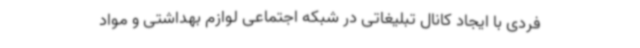
فردی با ایجاد کانال تبلیغاتی در شبکه اجتماعی لوازم بهداشتی و مواد